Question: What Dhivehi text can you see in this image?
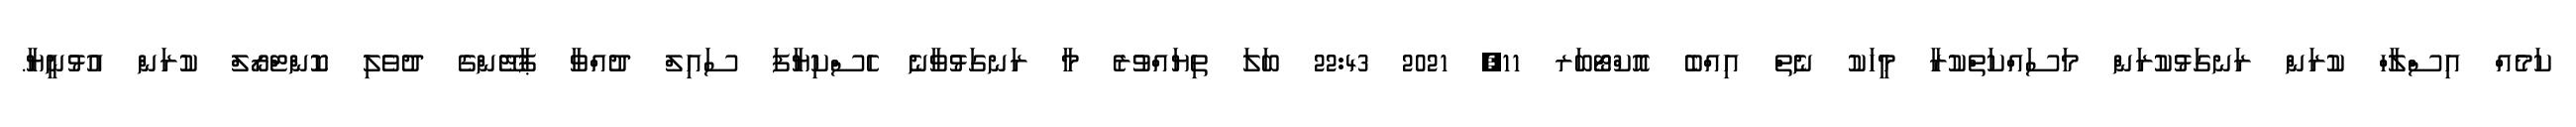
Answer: ކަމެއް އިސްލާހް ކުރަން ރަނގަޅުކުރަން މަސައްކަތްކުރާ މީހަކު ނެތް އިއްބެ އޮކްޓޯބަރ 11, 2021 22:43 ބަލަ ތިޔައްވުރެ މާ ރަނގަޅުވާނެ ހެސްކިޔާފަ ސައިލް ދުއްވާ ޕާޓޭންގެ ދުވެލި ކޮންޓްރޯލް ކުރަން އުޅުނީޔާ.